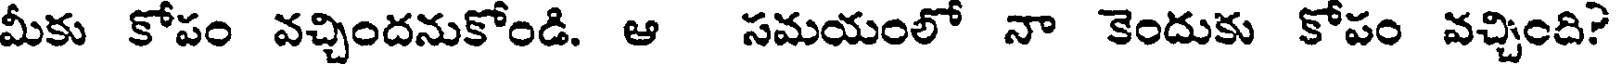
మీకు కోపం వచ్చిందనుకోండి. ఆ సమయంలో నా కెందుకు కోపం వచ్చింది?